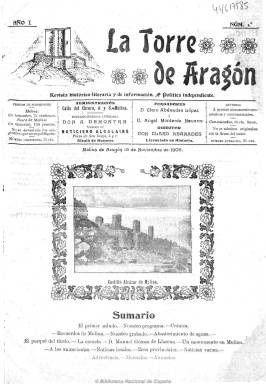
Título: La Torre de Aragón
Colección: Revistas de información general
Ámbito geográfico: Guadalajara
Lugar de publicación: Molina de Aragón [Guadalajara]
Fechas: 15/11/1906-21/12/1907

Título que hace referencia a la fortaleza existente en la población guadalajareña de Molina de Aragón y que adopta la publicación que dirige, a partir del 15 de noviembre de 1906, el entonces joven periodista local Claro Abánades López (1879-1973), que será también su fundador, junto al militar Ángel Monterde Navarro. De periodicidad decenal, en entregas de ocho páginas y con el subtítulo “revista histórico-literaria y de información”, al que acompaña el lema “política independiente”, que hace desaparecer ya en su segundo número. En su presentación tratará precisamente sobre la política, para decir que “somos sus enemigos más encarnizados, desengañados como estamos de ella”, para a continuación definirse como “católicos sinceros” y tener sólo la bandera de la “patria y honor”, y titular su primera crónica, a pesar de ello, con el epígrafe “El pueblo y la política”.

Por la ideología de sus fundadores –Monterde, llegará a ocupar cargo público como capitán de Infantería durante la Dictadura de Primo de Rivera, y Abánades será publicista ferviente de la obra de Juan Vázquez de Mella (1861-1928) y afín al tradicionalismo carlista- y sus contenidos de corte integrista, hay que considerar como una errata la inclusión de esta publicación como republicana en la clasificación que de la prensa castellano-manchega hace Isidoro Sánchez.

Su título está enmarcado en un grabado con un dibujo realizado por el sacerdote Elías Palacios, que más tarde será modificado. Compuesta a tres columnas, comenzará a ser estampada en la imprenta alcalaína de José Lobo, más tarde en la que Clodoaldo Mielgo establece en la propia Molina y, por último otra vez en Alcalá de Henares, en la imprenta a cargo de V. Corral.  La dirección literaria la asumió Monterde, que en ese momento era propietario del Noticiero alcalaíno.

Se considera ilustrada al ocupar siempre su primera página una fotografía, generalmente de vistas y personajes locales, Publica textos en forma de artículos, columnas y crónicas de variada temática (educación, sociedad, política, costumbres, industria, urbanismo municipal, sanidad, etc.), pero resaltan los referidos a la historia y efemérides locales y a las biografías de ilustres personajes del Señorío de Molina, escritos por Abánades, que llegará a ser cronista oficial molinés. Tiene secciones de noticias locales y provinciales, de precios de los productos del mercado y de bibliografía, así como otras bajo los epígrafes Cuartillas femeninas y Recreativa. Abundan también en sus páginas los textos de creación literaria, como los escritos en verso. Su última plana la ocupan los anuncios comerciales de la localidad.

En la revista se dieron cita autores alcarreños como Fernando López Pelegrín, Luis Cordavias, Santos Bozal Casado o Antonio Pareja Serrada. Bajo la cabecera de sus últimos números indica la relación de sus redactores y colaboradores.

Además de insertar el sumario en la primera página de cada número, el número 36 y último de la colección, correspondiente al 21 de diciembre de 1907, publica un índice de materias de su primer y único tomo. Belén Chamón Calvo señala la existencia de otro número posterior, de 27 de diciembre de ese año. Abánades empezó a publicar y dirigir seguidamente en la misma localidad alcarreña El vigía de la torre (1908-1910).

Algunas imágenes cedidas por TECNODOC.